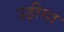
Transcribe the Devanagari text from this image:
उड़़ीसा